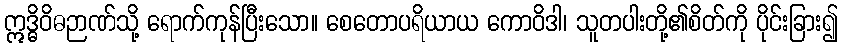
ဣဒ္ဓိဝိဓဉာဏ်သို့ ရောက်ကုန်ပြီးသော။ စေတောပရိယာယ ကောဝိဒါ၊ သူတပါးတို့၏စိတ်ကို ပိုင်းခြား၍